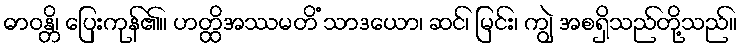
ဓာဝန္တိ၊ ပြေးကုန်၏။ ဟတ္ထိအဿမတိံ သာဒယော၊ ဆင်၊ မြင်း၊ ကျွဲ အစရှိသည်တို့သည်။